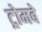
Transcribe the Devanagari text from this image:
ट्रोमबे